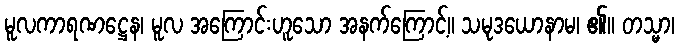
မူလကာရဏဋ္ဌေန၊ မူလ အကြောင်းဟူသော အနက်ကြောင့်။ သမုဒယောနာမ၊ ၏။ တသ္မာ၊